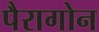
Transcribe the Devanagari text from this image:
पैरागोन